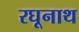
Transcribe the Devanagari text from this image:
रघूनाथ